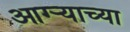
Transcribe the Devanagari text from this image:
आग्‍र्‍याच्या